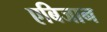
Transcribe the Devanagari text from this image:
एबिजान